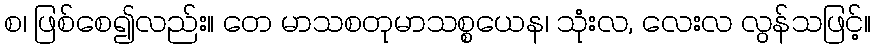
စ၊ ဖြစ်စေ၍လည်း။ တေ မာသစတုမာသစ္စယေန၊ သုံးလ, လေးလ လွန်သဖြင့်။